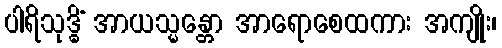
ပါရိသုဒ္ဓိံ အာယသ္မန္တော အာရောစေထကား အကျိုး၊